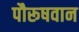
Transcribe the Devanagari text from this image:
पौरूषवान